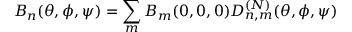
B _ { n } ( \theta , \phi , \psi ) = \sum _ { m } B _ { m } ( 0 , 0 , 0 ) D _ { n , m } ^ { ( N ) } ( \theta , \phi , \psi )